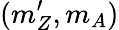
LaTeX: (m_{Z}^{\prime},m_{A})